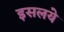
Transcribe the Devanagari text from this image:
इसलये